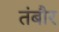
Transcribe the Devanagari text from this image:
तंबौर